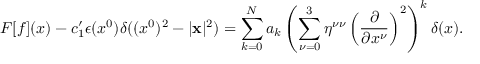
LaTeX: F [ f ] ( x ) - c _ { 1 } ^ { \prime } \epsilon ( x ^ { 0 } ) \delta ( ( x ^ { 0 } ) ^ { 2 } - | { \bf x } | ^ { 2 } ) = \sum _ { k = 0 } ^ { N } a _ { k } \left( \sum _ { \nu = 0 } ^ { 3 } \eta ^ { \nu \nu } \left( \frac { \partial } { \partial x ^ { \nu } } \right) ^ { 2 } \right) ^ { k } \delta ( x ) .